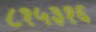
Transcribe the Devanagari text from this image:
८१५३१६